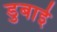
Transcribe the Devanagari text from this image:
डुबाई